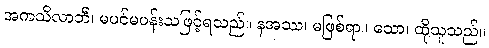
အကသိလာဘီ၊ မပင်မပန်းသဖြင့်ရသည်။ နအဿ၊ မဖြစ်ရာ။ သော၊ ထိုသူသည်။